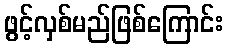
ဖွင့်လှစ်မည်ဖြစ်ကြောင်း